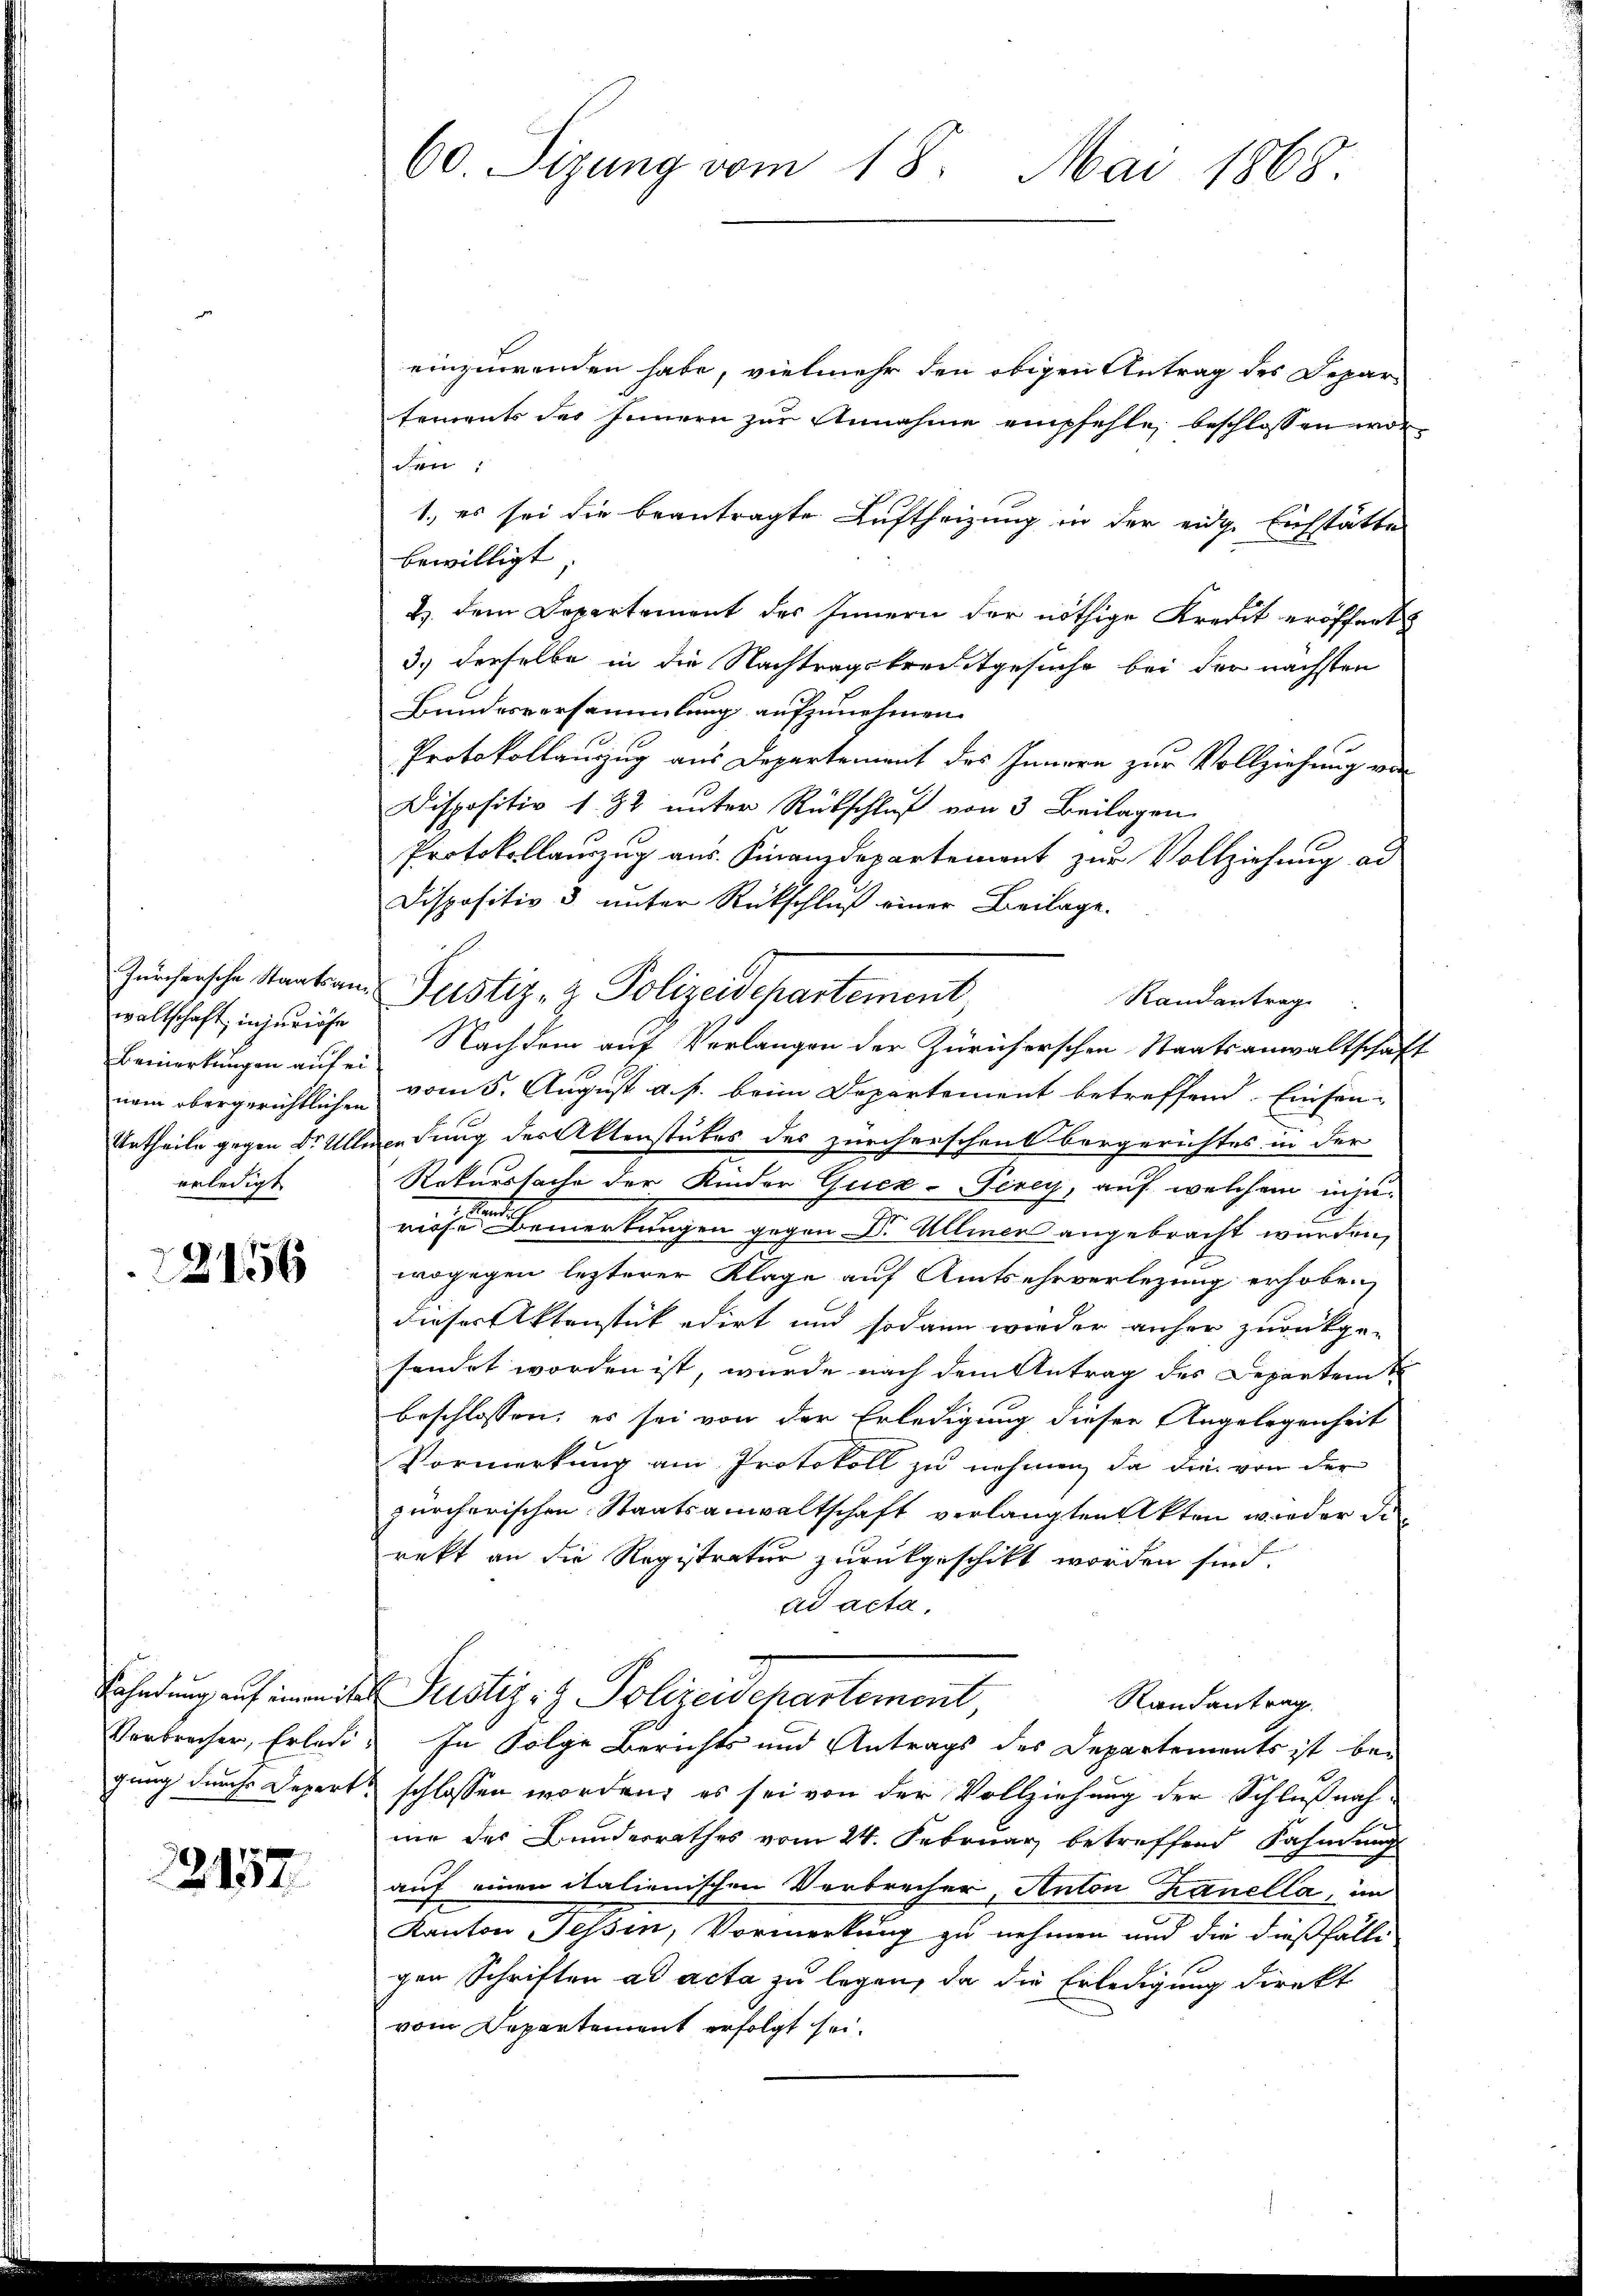
Zürchersche Staatsanwaltschaft injuriefe
Bemerkungen auf ei
nem obergerichtlichen
Urtheile gegen Dr. All
erledigt

2456

Rahndung auf einem ihr
Verbrecher, Erledi
gung durch Depart

2257

60. Sizung vom 18. Mai 1868.

einzuwenden habe, vielmehr den obigen Antrag des Departements des Innern zur Annahme empfehle, beschlossen worden:
1., es sei die beantragte Luftheizung in der eidge Einsstätte
bewilligt
2. dem Departement des Innern der nöthige Kredit eröffnet
3.) derselbe in die Nachtragskreistgesuche bei der nächsten
Bundesversammlung aufzunehmen.
Protokollauzug aus Departement des Innern zur Vollziehung von
Dispositiv 132 unter Rückschluß von 3 Beilagen.
Protokollauszug aus Finanzdepartement zur Vollziehung ad
Dispositiv & unter Rückschluß einer Beilage.
Justiz- & Polizeidepartement
Randantrag
Nachdem auf Verlangen der Züricherschen Staatsanwaltschaft
vom 5. August a. p. beim Departement betreffend Einsen-
wedung der Aktenstutes des zürcherschenk borgerichtes in der
Rekurssache der Kinder Quex-Terey, auf welchem injuricht eine Bemerkungen gegen Dr. Alleiner angebracht wurden,
wogegen lezterer Klage auf Amtsehrverlegung erhoben
dieser Aktenstückedirt und sodann wieder anher zurückge-
sendet worden ist, wurde nach dem Antrag des Departem S
beschlossen; es sei von der Erledigung dieser Angelegenheit
Vormerkung am Protokoll zu nehmen, da die von der
zürcherischen Staatsanwaltschaft verlangten Akten wieder di
rekt an die Registratur zurückgeschikt worden sind.
ad acta
Justiz- & Polizeidepartement
Randantrag
In Folge Berichts und Antrags des Departements ist beschlossen worden, es sei von der Vollziehung der Schlußnahme des Bunderrathes vom 24. Februar betreffend Fahnung
auf einen italienischen Verbrecher, Anton Kanella, im
Kanton Felsen, Vormerkung zu nehmen und die dießfälle
gen Schriften ad acta zu legen, da die Erledigung direkt
vom Departement erfolgt sei.